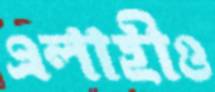
এলাহীও